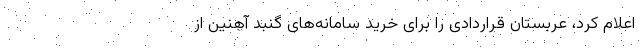
اعلام کرد، عربستان قراردادی را برای خرید سامانه‌های گنبد آهنین از